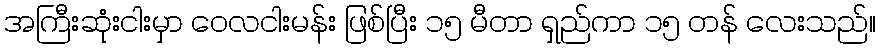
အကြီးဆုံးငါးမှာ ဝေလငါးမန်း ဖြစ်ပြီး ၁၅ မီတာ ရှည်ကာ ၁၅ တန် လေးသည်။